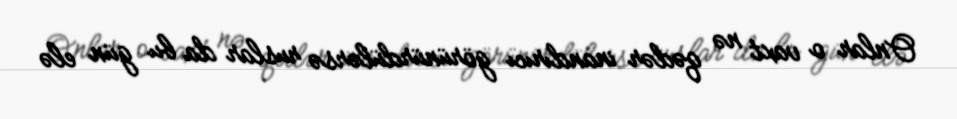
Onlar o vaxt nə qədər inandırıcı görünürdülərsə ruslar da bu gün elə